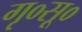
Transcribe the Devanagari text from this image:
गृ०सू०